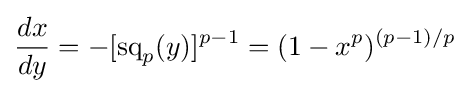
{\frac {dx}{dy}}=-[\operatorname {sq} _{p}(y)]^{p-1}=(1-x^{p})^{(p-1)/p}